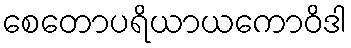
စေတောပရိယာယကောဝိဒါ